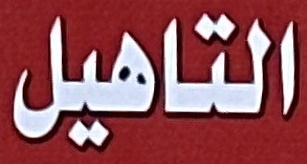
التاهيل